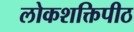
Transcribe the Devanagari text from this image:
लोकशक्तिपीठ